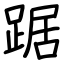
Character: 踞